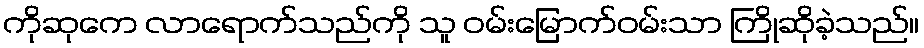
ကိုဆုကေ လာရောက်သည်ကို သူ ဝမ်းမြောက်ဝမ်းသာ ကြိုဆိုခဲ့သည်။